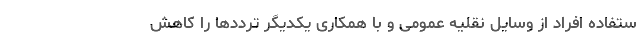
ستفاده افراد از وسایل نقلیه عمومی و با همکاری یکدیگر ترددها را کاهش